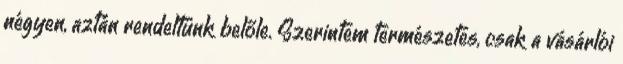
négyen, aztán rendeltünk belőle. Szerintem természetes, csak a vásárlói